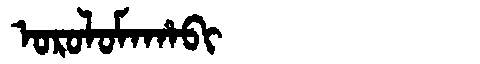
Manchu: ᠣᡵᠣᠯᠣᠮᠠᡥᠠᠪᡳ
Romanization: OROLOMAHABI